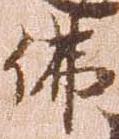
仏